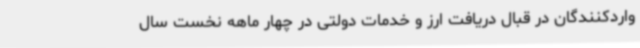
واردکنندگان در قبال دریافت ارز و خدمات دولتی در چهار ماهه نخست سال